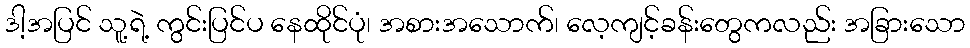
ဒါ့အပြင် သူ့ရဲ့ ကွင်းပြင်ပ နေထိုင်ပုံ၊ အစားအသောက်၊ လေ့ကျင့်ခန်းတွေကလည်း အခြားသော